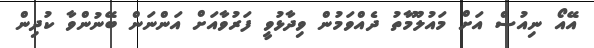
އޭއޯ ނިއުސް އަށް މައުލޫމާތު ދެއްވަމުން ވިދާޅުވީ ފަރުވާއަށް އަންނަން ބޭނުންވާ ކުދިން